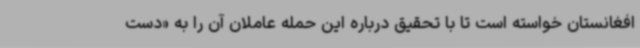
افغانستان خواسته است تا با تحقیق درباره این حمله عاملان آن را به «دست